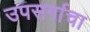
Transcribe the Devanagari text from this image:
उपसर्गाचा